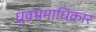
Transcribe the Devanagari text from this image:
ध्रुवभ्रमाधिकार